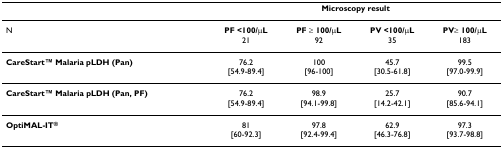
<table><thead><tr><td></td><td colspan="4"><b>Microscopy result</b></td></tr></thead><tbody><tr><td>N</td><td><b>PF &lt;100/μL</b>21</td><td><b>PF ≥ 100/μL</b>92</td><td><b>PV &lt;100/μL</b>35</td><td><b>PV≥ 100/μL</b>183</td></tr><tr><td><b>CareStartTM Malaria pLDH (Pan)</b></td><td>76.2[54.9-89.4]</td><td>100[96-100]</td><td>45.7[30.5-61.8]</td><td>99.5[97.0-99.9]</td></tr><tr><td><b>CareStartTM Malaria pLDH (Pan, PF)</b></td><td>76.2[54.9-89.4]</td><td>98.9[94.1-99.8]</td><td>25.7[14.2-42.1]</td><td>90.7[85.6-94.1]</td></tr><tr><td><b>OptiMAL-IT<sup>®</sup></b></td><td>81[60-92.3]</td><td>97.8[92.4-99.4]</td><td>62.9[46.3-76.8]</td><td>97.3[93.7-98.8]</td></tr></tbody></table>